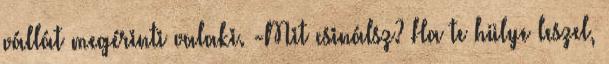
vállát megérinti valaki. -Mit csinálsz? Ha te hülye leszel,